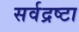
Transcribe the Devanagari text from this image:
सर्वद्रष्टा